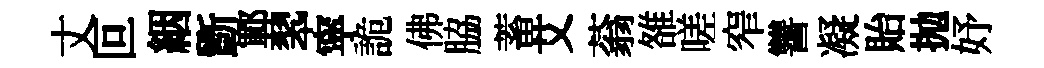
丈叵絪斵鄆翆寜詭佛脇蓄艾蓊雒嗟窄讐凝貽抛妤